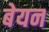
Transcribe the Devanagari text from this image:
बेयन